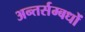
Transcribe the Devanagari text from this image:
अन्तर्सम्बधों